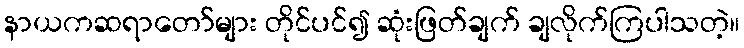
နာယကဆရာတော်များ တိုင်ပင်၍ ဆုံးဖြတ်ချက် ချလိုက်ကြပါသတဲ့။